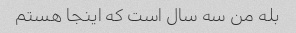
بله من سه سال است که اینجا هستم